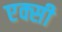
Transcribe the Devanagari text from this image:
एक्सी